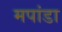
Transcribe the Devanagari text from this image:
मपांडा